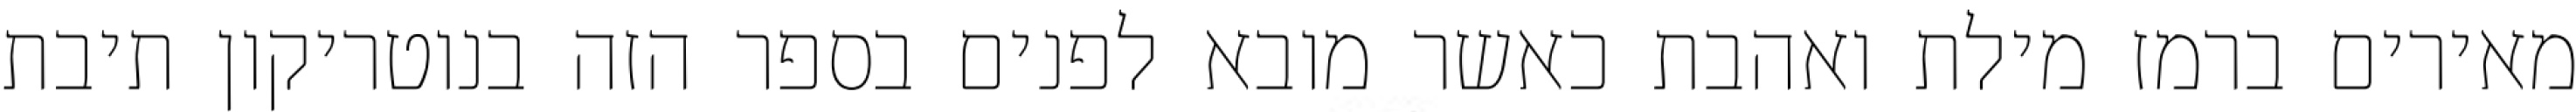
מאירים ברמז מילת ואהבת כאשר מובא לפנים בספר הזה בנוטריקון תיבת